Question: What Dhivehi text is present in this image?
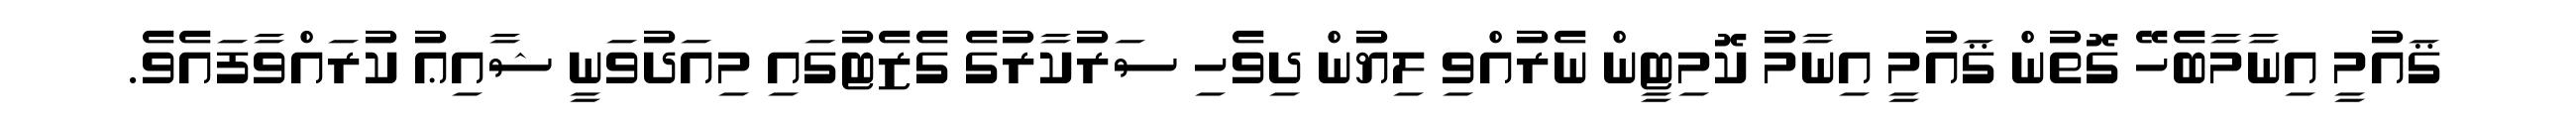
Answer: ޤައުމީ އިނާމާބެހޭ ގޮތުން ޤައުމީ އިނާމު ކޮމިޓީން ނެރުއްވި ލިޔުން ދިވެހި ސަރުކާރުގެ ގެޒެޓުގައި މިއަދުވަނީ ޝާއިޢު ކުރައްވާފައެވެ.